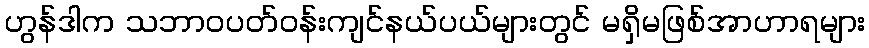
ဟွန်ဒါက သဘာဝပတ်ဝန်းကျင်နယ်ပယ်များတွင် မရှိမဖြစ်အာဟာရများ